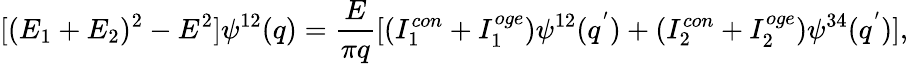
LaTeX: [(E_{1}+E_{2})^{2}-E^{2}]\psi^{12}(q)={\frac{E}{\pi q}}[(I_{1}^{con}+I_{1}^{oge})\psi^{12}(q^{'})+(I_{2}^{con}+I_{2}^{oge})\psi^{34}(q^{'})],